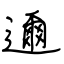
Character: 邇